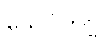
သေဝိတဗ္ဗ